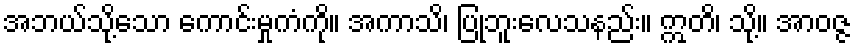
အဘယ်သို့သော ကောင်းမှုကံကို။ အကာသိ၊ ပြုဘူးလေသနည်း။ ဣတိ၊ သို့။ အာဝဇ္ဇ